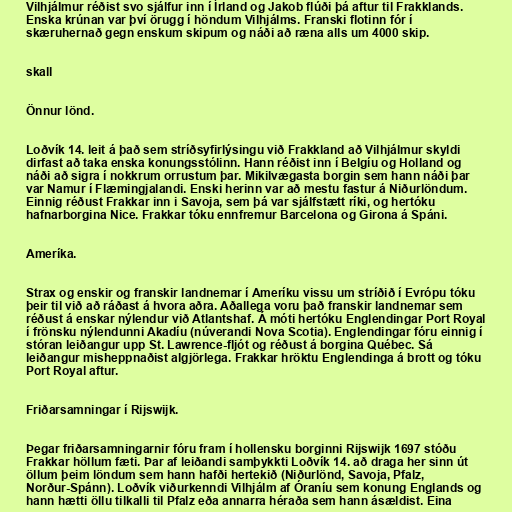
Vilhjálmur réðist svo sjálfur inn í Írland og Jakob flúði þá aftur til Frakklands.
Enska krúnan var því örugg í höndum Vilhjálms. Franski flotinn fór í
skæruhernað gegn enskum skipum og náði að ræna alls um 4000 skip.

skall

Önnur lönd.

Loðvík 14. leit á það sem stríðsyfirlýsingu við Frakkland að Vilhjálmur skyldi
dirfast að taka enska konungsstólinn. Hann réðist inn í Belgíu og Holland og
náði að sigra í nokkrum orrustum þar. Mikilvægasta borgin sem hann náði þar
var Namur í Flæmingjalandi. Enski herinn var að mestu fastur á Niðurlöndum.
Einnig réðust Frakkar inn i Savoja, sem þá var sjálfstætt ríki, og hertóku
hafnarborgina Nice. Frakkar tóku ennfremur Barcelona og Girona á Spáni.

Ameríka.

Strax og enskir og franskir landnemar í Ameríku vissu um stríðið í Evrópu tóku
þeir til við að ráðast á hvora aðra. Aðallega voru það franskir landnemar sem
réðust á enskar nýlendur við Atlantshaf. Á móti hertóku Englendingar Port Royal
í frönsku nýlendunni Akadíu (núverandi Nova Scotia). Englendingar fóru einnig í
stóran leiðangur upp St. Lawrence-fljót og réðust á borgina Québec. Sá
leiðangur misheppnaðist algjörlega. Frakkar hröktu Englendinga á brott og tóku
Port Royal aftur.

Friðarsamningar í Rijswijk.

Þegar friðarsamningarnir fóru fram í hollensku borginni Rijswijk 1697 stóðu
Frakkar höllum fæti. Þar af leiðandi samþykkti Loðvík 14. að draga her sinn út
öllum þeim löndum sem hann hafði hertekið (Niðurlönd, Savoja, Pfalz,
Norður-Spánn). Loðvík viðurkenndi Vilhjálm af Óraníu sem konung Englands og
hann hætti öllu tilkalli til Pfalz eða annarra héraða sem hann ásældist. Eina